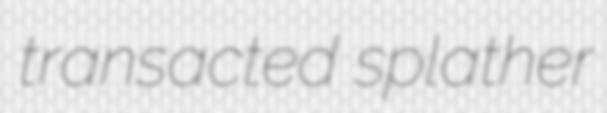
transacted splather